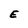
Character: E